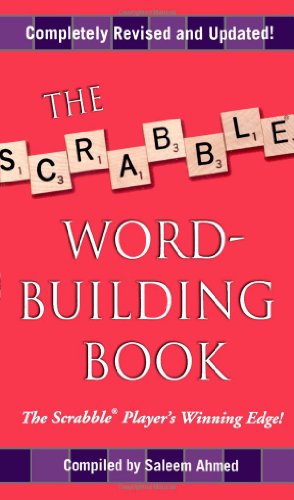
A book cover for The Scrabble Word-Building Book: Updated Edition; Humor & Entertainment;